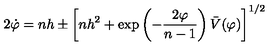
2 \dot { \varphi } = n h \pm \left[ n h ^ { 2 } + \exp \left( - \frac { 2 \varphi } { n - 1 } \right) \bar { V } ( \varphi ) \right] ^ { 1 / 2 }